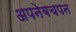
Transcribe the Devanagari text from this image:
अपनेबचपन